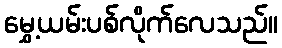
မွှေ့ယမ်းပစ်လိုက်လေသည်။